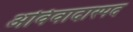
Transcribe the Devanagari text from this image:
अविवादास्पद